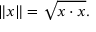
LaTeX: \| x \| = { \sqrt { x \cdot x } } .